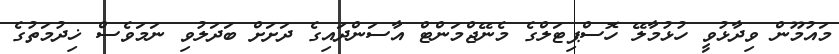
މައުމޫން ވިދާޅުވީ ހުޅުމާލޭ ހޮސްޕިޓަލްގެ މެނޭޖްމަންޓް އާސަންދައިގެ ދަށަށް ބަދަލުވި ނަމަވެސް ޚިދުމަތުގެ